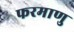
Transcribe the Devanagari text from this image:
फरमाणु